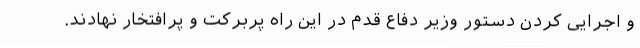
و اجرایی کردن دستور وزیر دفاع قدم در این راه پربرکت و پرافتخار نهادند.